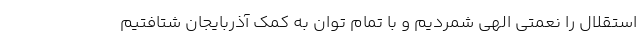
استقلال را نعمتی الهی شمردیم و با تمام توان به کمک آذربایجان شتافتیم